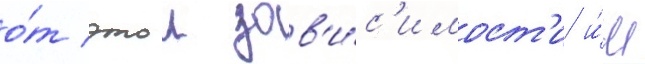
о́т этои зав'и́с'имост'и и́м